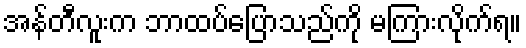
အန်တီလူးက ဘာထပ်ပြောသည်ကို မကြားလိုက်ရ။